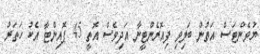
ޔުވެންޓަސް އަތުން ބަލިވި ފިއޮރެންޓީނާ އަދިވެސް އޮތީ 45 ޕޮއިންޓާ އެކު ހަތަރު